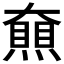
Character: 𡚔